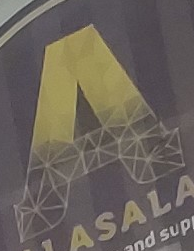
A